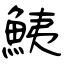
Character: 鮧